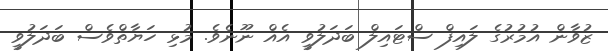
ޒުވާން އުމުރުގެ ލައިފް ސްޓައިލް ބަދަލުވީ އެއް ނޫނެވެ. މުޅި ހަޔާތްވެސް ބަދަލުވީ